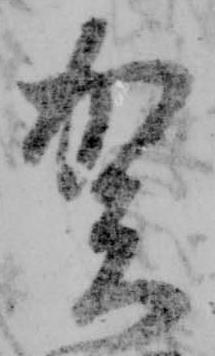
賀